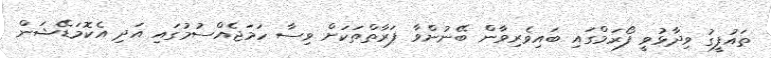
ތައުފީގު ވިދާޅުވީ ފޯރަމްގައި ބައިވެރިވާން ބޭނުންވާ ފަރާތްތަކަށް ވިސާ ހަމަޖެއްސުމުގައި އަދި އެކޮމަޑޭޝަން